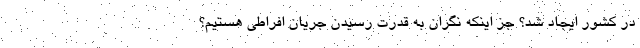
در کشور ایجاد شد؟ جز اینکه نگران به قدرت رسیدن جریان افراطی هستیم؟